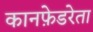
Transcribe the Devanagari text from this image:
कानफ़ेडरेता